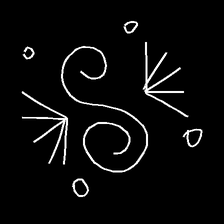
Glyph: aeroform